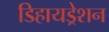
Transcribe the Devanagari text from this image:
डिहायड्रेशन